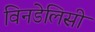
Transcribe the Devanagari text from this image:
विनडेलिसी